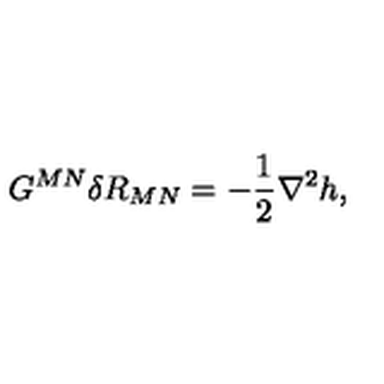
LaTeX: G ^ { M N } \delta R _ { M N } = - { \frac { 1 } { 2 } } \nabla ^ { 2 } h ,